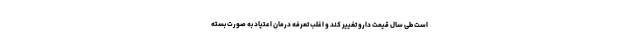
است طی سال قیمت دارو تغییر کند و اغلب تعرفه درمان اعتیاد به صورت بسته